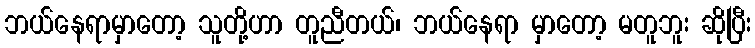
ဘယ်နေရာမှာတော့ သူတို့ဟာ တူညီတယ်၊ ဘယ်နေရာ မှာတော့ မတူဘူး ဆိုပြီး